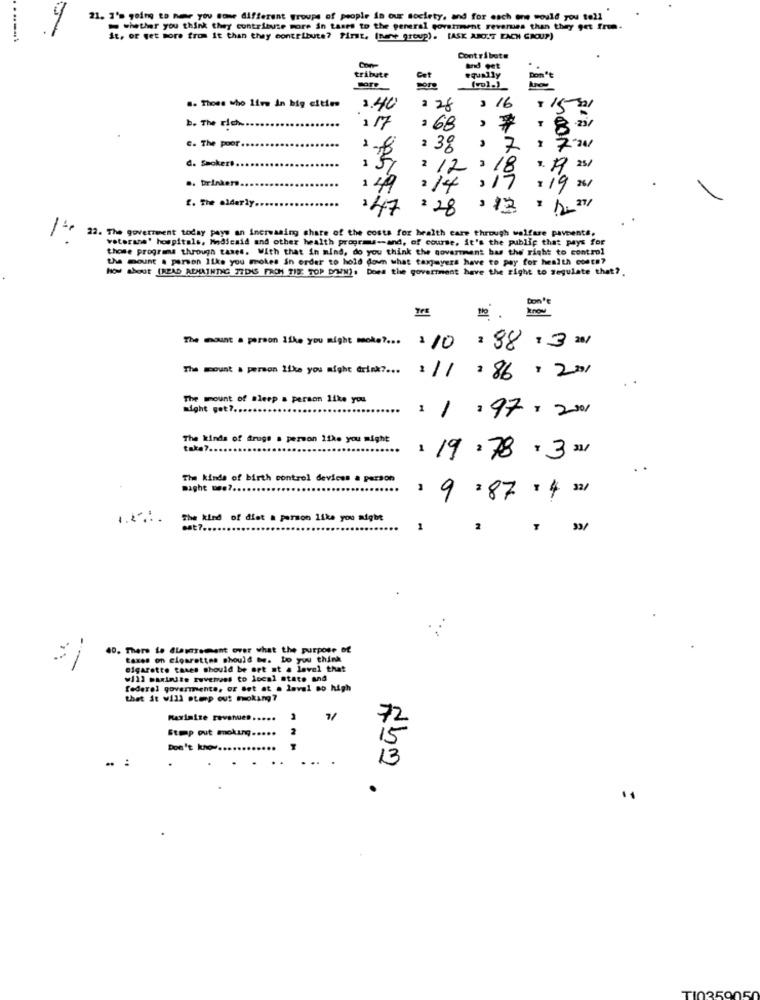
21. 3's going to hear you some different groups of people in our society, and for each one would you tell
whether you think they contribute more in tases to the general goverment revenues than they get from.
it, or get more from it than they contribute? First. (nare group). [ASK ABOLT EACH GROUP)
Contribute
tribute
Con
and out
equally
.. Those who live in big cities
3.40
2 28
, 16
$1541
b. The rich ..
117
a 68
C. The poor ..
2 38
, 7:7-201
d. Smokers ..
2 12
x. 19 25/
.. Drinkers.
1 49
2 14
f. The elderly.
247 2 28
22. The government today pays an increasing share of the costs for health care through welfare paveente.
veterans' hospitals, Medicaid and other health progres -- and, of course, it's the public that pays for
those programs through taxes. With that in mind, do you think the government has the right to control
the mount a person like you mokes in order to hold down what taxpayers have to pay for health conte?
How about (READ REMAINTNG 37DAS FACH TID: TOP DOWN). Does the government have the right to regulate that ?.
Don't
THE
The mount a person like you might moke ?... 110 : 38:3 2/
The mount a person like you might drink ?...
: 11:86/ 201
The mount of sleep a person like you
might get ?.......
1 1.97/2001
The kinds of drugs a person 11ke you might
taka7.
1 19:78 3 2/
The kinds of birth control devices a person
maghe wes ?...
1 9=87 :4 32/
The kind of diet a parmon like you might
sat7 ...
40. There to Classement over what the purpose of
taxes on cigarettes should be. bo you think
cigarette taxes should be ort at a level that
will maxiaute ruvenves to local state and
federal govermenta, or Bet at a laval so high
that it will step out moking?
Maximize revenues.
72
Step out mokug ..
Don't know ..
.. :
..
13
250050